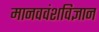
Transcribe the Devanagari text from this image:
मानववंशविज्ञान